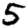
Digit: 5